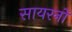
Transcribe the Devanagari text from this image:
सायरनों